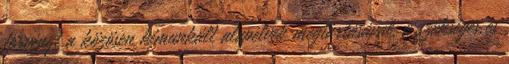
törvényt a közösen kimunkált alapelvek megtartásával, a szükséges és